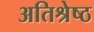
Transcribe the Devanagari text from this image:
अतिश्रेष्‍ठ